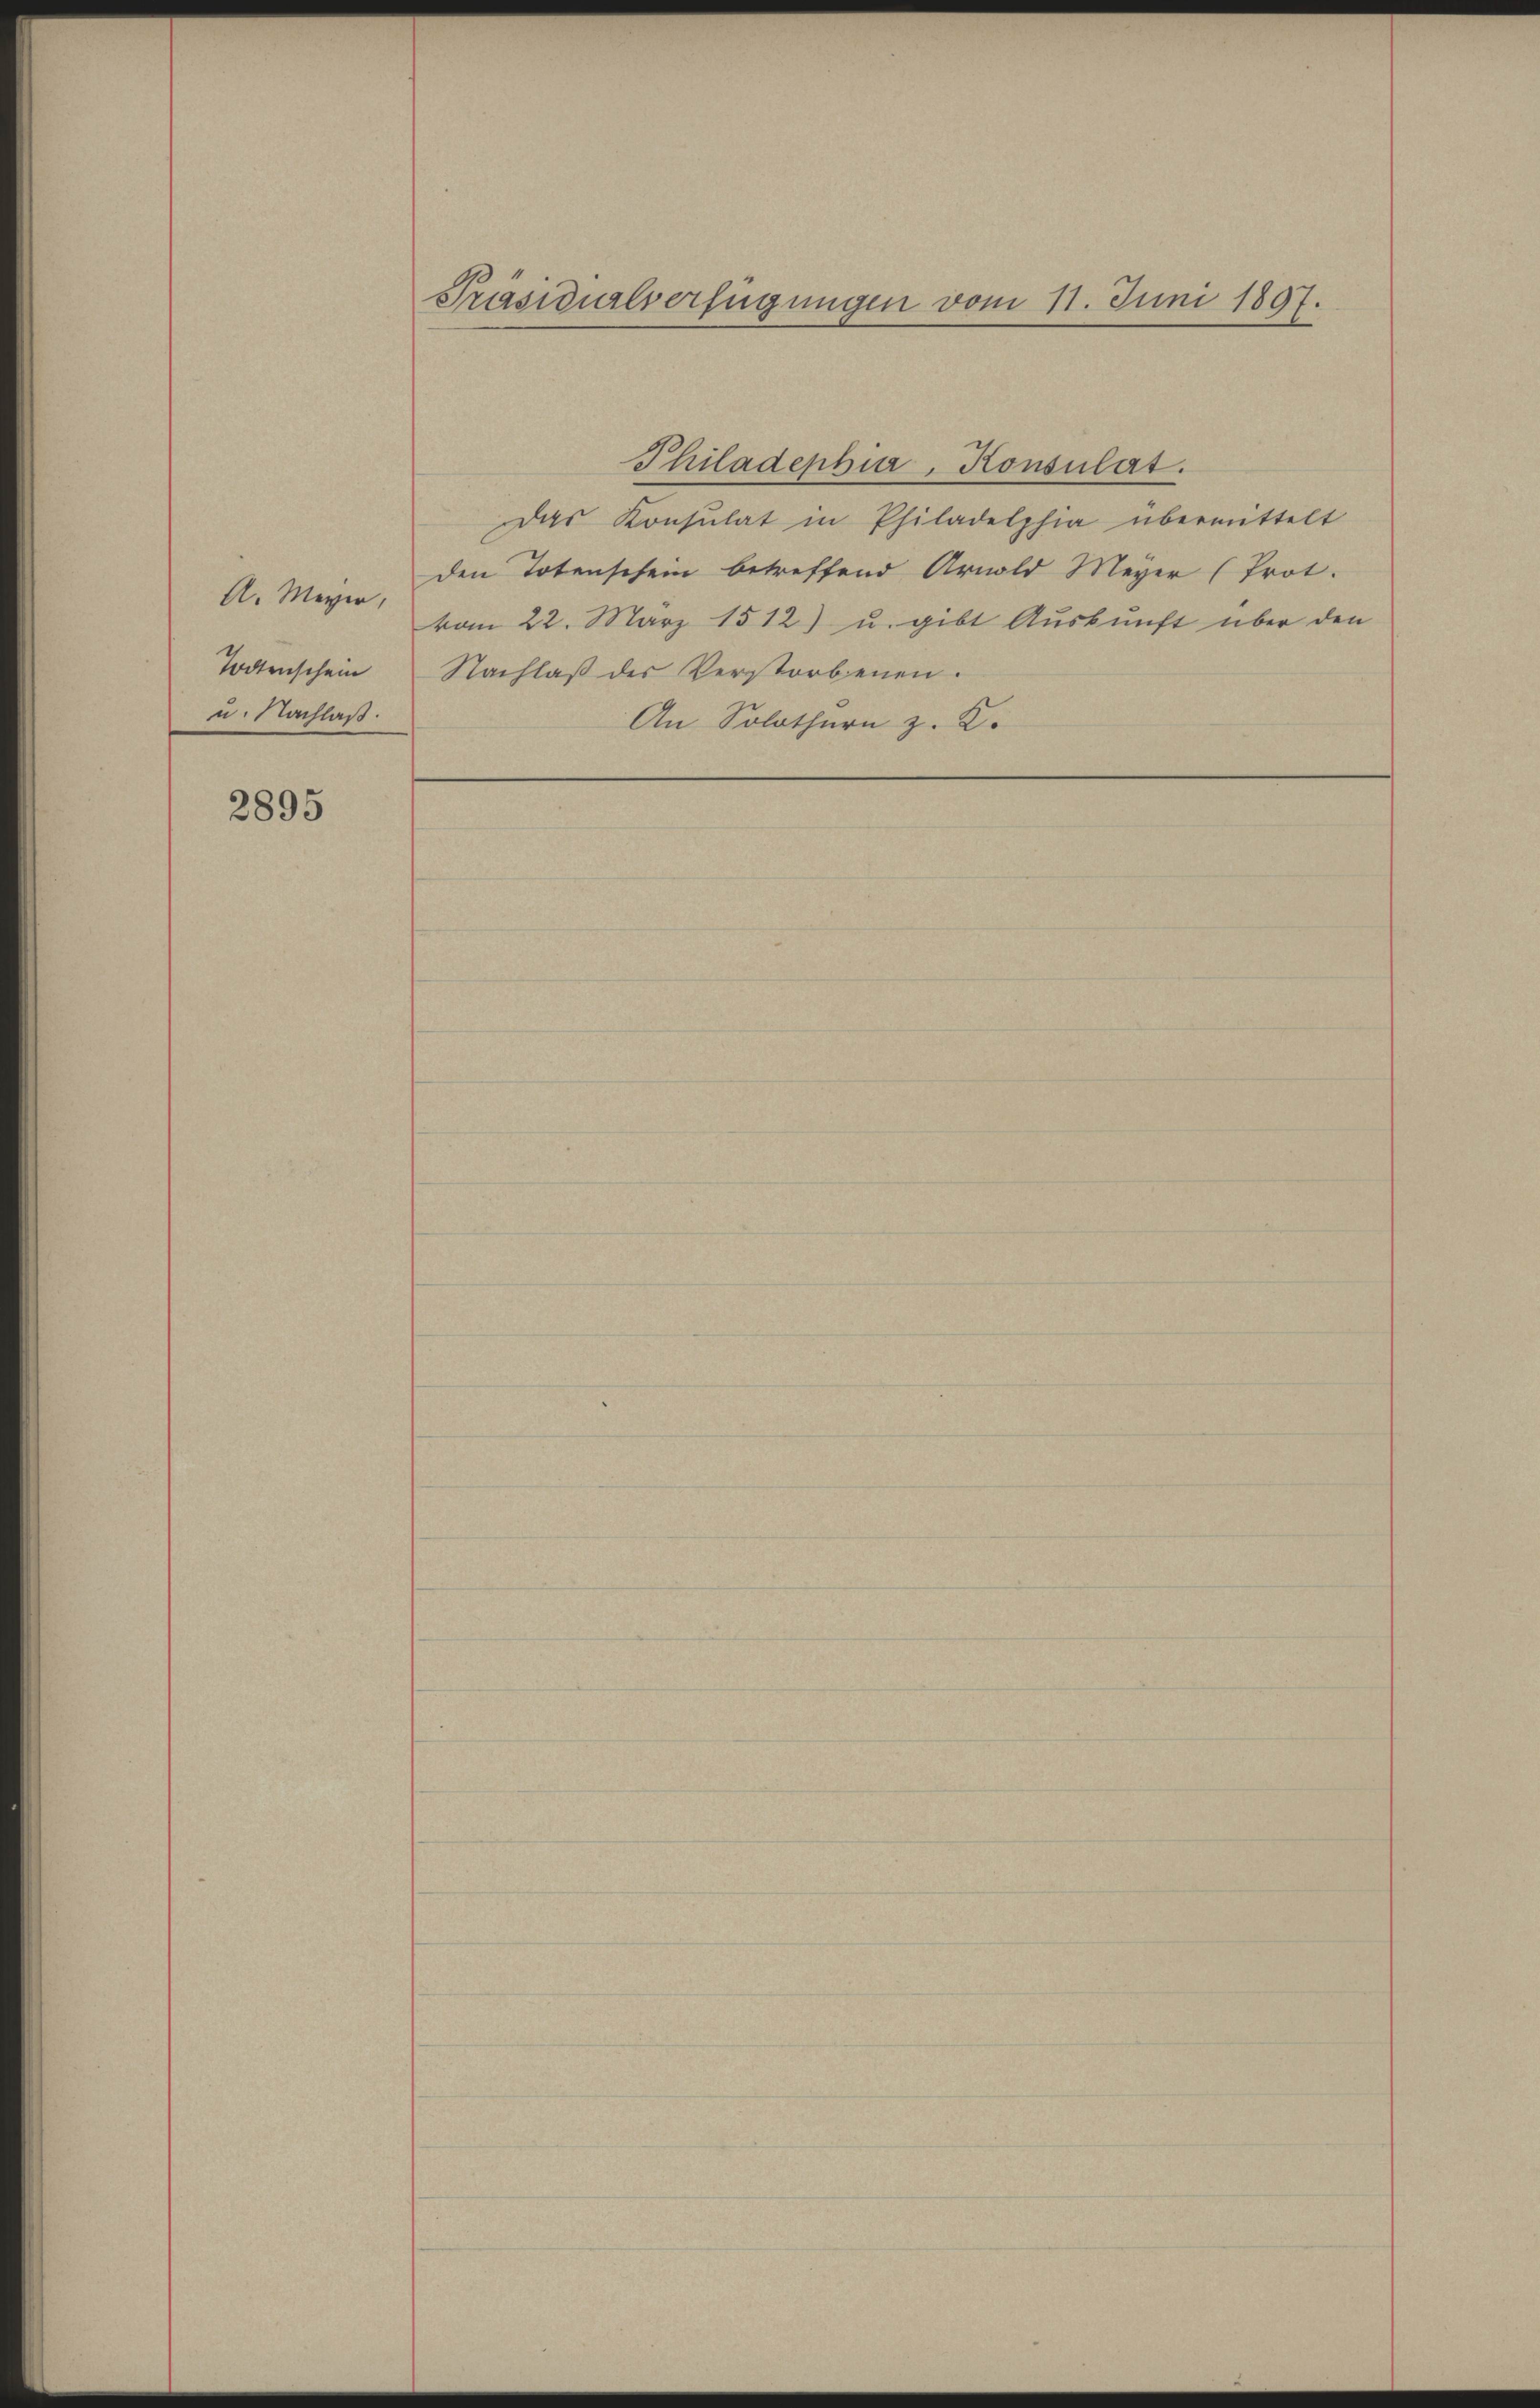
A. Meyer,
Todtenschein
u. Nachlaß.

2895

Präsidialverfügungen vom 11. Juni 1897.

Philadephia, Konsulat.
das Konsulat in Philadelphia übermittelt
den Totenschein betreffend Arnold Meyer (Prot.
vom 22. März 1512) u. gibt Aŭskŭnft über den
Nachlaß des Verstorbenen.
An Solothurn z. B.